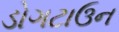
ડોગટાઉન